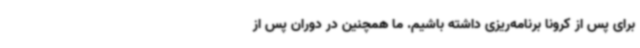
برای پس از کرونا برنامه‌ریزی داشته باشیم. ما همچنین در دوران پس از